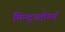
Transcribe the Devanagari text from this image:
मिन्द्स्तोर्म्स